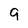
Character: 9